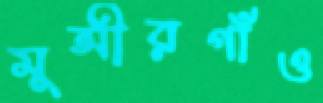
মুন্সীরগাঁও